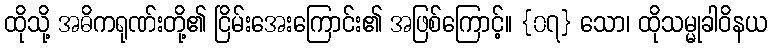
ထိုသို့ အဓိကရုဏ်းတို့၏ ငြိမ်းအေးကြောင်း၏ အဖြစ်ကြောင့်။ {၀၇} သော၊ ထိုသမ္မုခါဝိနယ